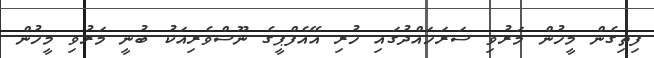
ފިތިގެން މީހުން މަރުވި ސަރަހައްދުގައި ހުރި އޭއެފްޕީގެ ނޫސްވެރިއަކު ބުނީ މަރުވި މީހުން